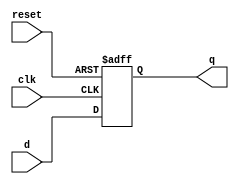
`timescale 1ns / 1ps
//////////////////////////////////////////////////////////////////////////////////
// 
// Module Name:    flipFlop1Bit 
//////////////////////////////////////////////////////////////////////////////////
module flipFlop1Bit(
    input d,
    input clk,
    input reset,//active low
    output reg q
    );

always@(posedge clk, negedge reset) begin
	if(reset==0)begin
		q=1'b1;
	end
	else begin
		q=d;
	end
end

endmodule